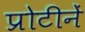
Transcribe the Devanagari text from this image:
प्रोटीनें